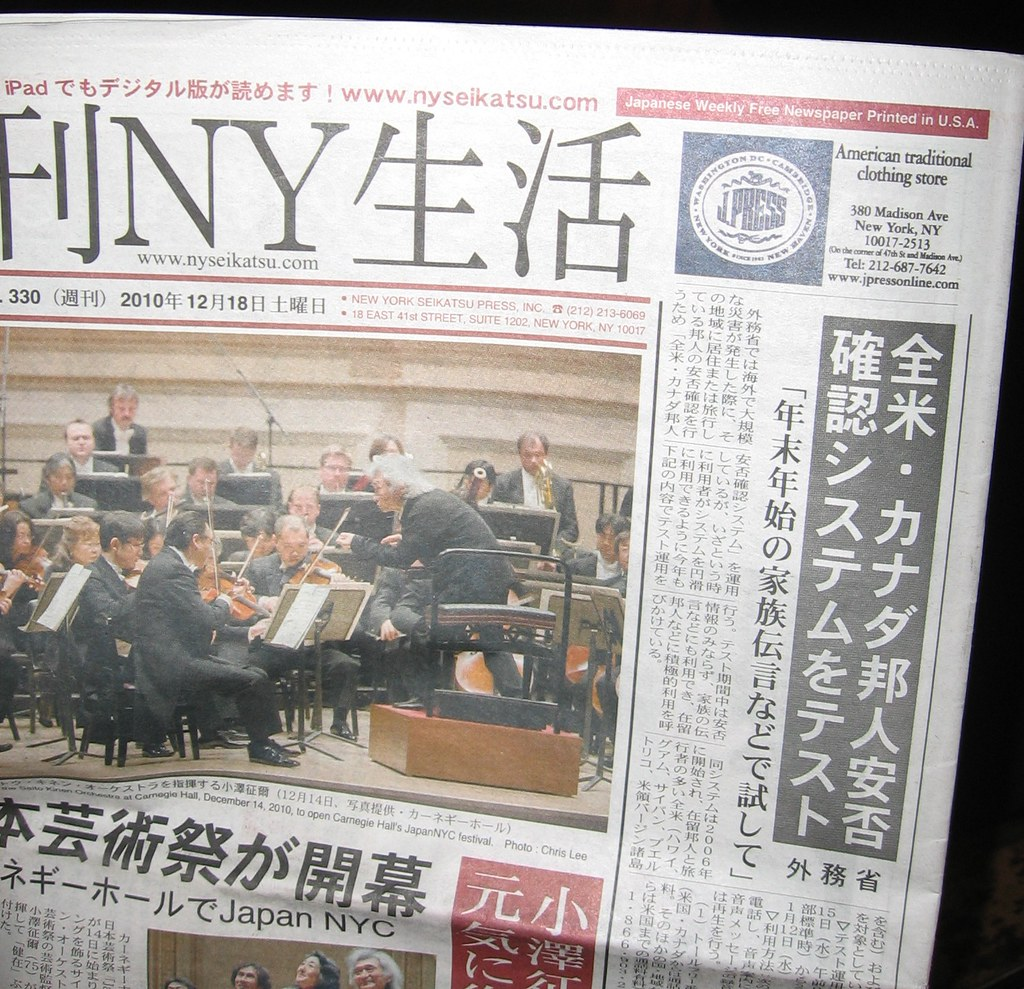
Language: ja